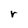
Character: r